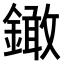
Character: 𨬒